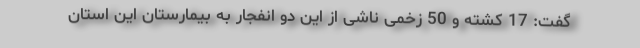
گفت: 17 کشته و 50 زخمی ناشی از این دو انفجار به بیمارستان این استان